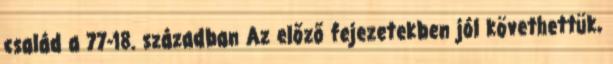
család a 77-18. században Az előző fejezetekben jól követhettük,